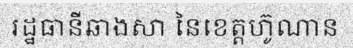
រដ្ឋធានីឆាងសា នៃខេត្តហ៊ូណាន